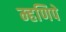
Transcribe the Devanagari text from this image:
म्हणिपे